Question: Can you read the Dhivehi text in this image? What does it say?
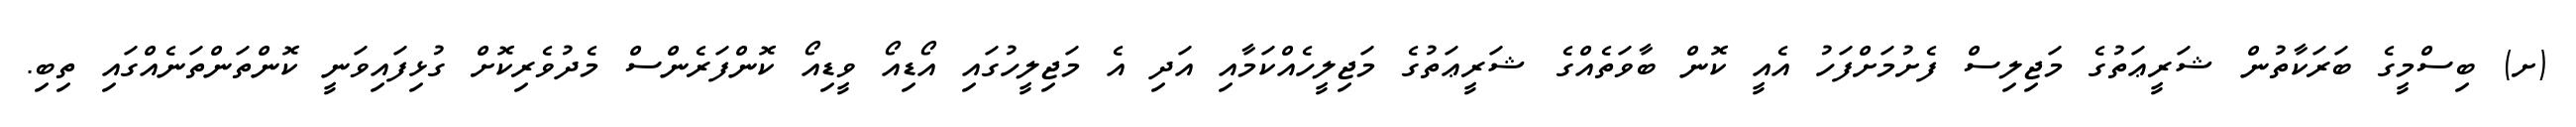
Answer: (ށ) ބިސްމީގެ ބަރަކާތުން ޝަރީޢަތުގެ މަޖިލިސް ފެށުމަށްފަހު އެއީ ކޮން ބާވަތެއްގެ ޝަރީޢަތުގެ މަޖިލީހެއްކަމާއި އަދި އެ މަޖިލީހުގައި އޯޑިއޯ ވީޑިއޯ ކޮންފަރެންސް މެދުވެރިކޮށް ގުޅިފައިވަނީ ކޮންތަންތަނެއްގައި ތިބި.